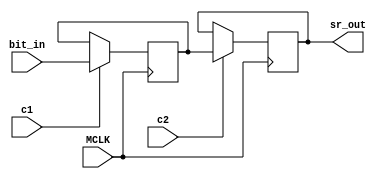
// ym3438, ym7101, fc1004 common cells

module ym_sr_bit #(parameter SR_LENGTH = 1)
	(
	input MCLK,
	input c1,
	input c2,
	input bit_in,
	output sr_out
	);
	
	reg [SR_LENGTH-1:0] v1 = 0;
	reg [SR_LENGTH-1:0] v2 = 0;
	
	wire [SR_LENGTH-1:0] v2_assign = c2 ? v1 : v2;
	
	//assign sr_out = v2_assign[SR_LENGTH-1];
	assign sr_out = v2[SR_LENGTH-1];
	
	always @(posedge MCLK)
	begin
		if (c1)
		begin
			if (SR_LENGTH == 1)
				v1 <= bit_in;
			else
				v1 <= { v2[SR_LENGTH-2:0], bit_in };
		end
		v2 <= v2_assign;
	end
endmodule

/*module ym_sr_bit #(parameter SR_LENGTH = 1)
	(
	input MCLK,
	input c1,
	input c2,
	input bit_in,
	output sr_out
	);
	
	reg [SR_LENGTH-1:0] v1 = 0;
	reg [SR_LENGTH-1:0] v2 = 0;
	
	assign sr_out = v2[SR_LENGTH-1];
	
	always @(*)
	begin
		if (c1)
		begin
			if (SR_LENGTH == 1)
				v1 <= bit_in;
			else
				v1 <= { v2[SR_LENGTH-2:0], bit_in };
		end
		if (c2)
		begin
			v2 <= v1;
		end
	end
endmodule*/

/*module ym_sr_bit2 #(parameter SR_LENGTH = 1)
	(
	input MCLK,
	input c1,
	input c2,
	input bit_in,
	output sr_out
	);
	
	reg [SR_LENGTH-1:0] v2 = 0;
	
	assign sr_out = v2[SR_LENGTH-1];
	
	always @(posedge c2)
	begin
		if (SR_LENGTH == 1)
			v2 <= bit_in;
		else
			v2 <= { v2[SR_LENGTH-2:0], bit_in };
	end
endmodule*/

module ym_sr_bit_array #(parameter SR_LENGTH = 1, DATA_WIDTH = 1)
	(
	input MCLK,
	input c1,
	input c2,
	input [DATA_WIDTH-1:0] data_in,
	output [DATA_WIDTH-1:0] data_out
	);
	
	wire out[0:DATA_WIDTH-1];
	
	generate
		genvar i;
		for (i = 0; i < DATA_WIDTH; i = i + 1)
		begin : l1
			ym_sr_bit #(.SR_LENGTH(SR_LENGTH)) sr (
			.MCLK(MCLK),
			.c1(c1),
			.c2(c2),
			.bit_in(data_in[i]),
			.sr_out(out[i])
			);
			
			assign data_out[i] = out[i];
		end
	endgenerate

endmodule

module ym_cnt_bit #(parameter DATA_WIDTH = 1)
	(
	input MCLK,
	input c1,
	input c2,
	input c_in,
	input reset,
	output [DATA_WIDTH-1:0] val,
	output c_out
	);
	
	wire [DATA_WIDTH-1:0] data_in;
	wire [DATA_WIDTH-1:0] data_out;
	wire [DATA_WIDTH:0] sum;
	
	ym_sr_bit_array #(.DATA_WIDTH(DATA_WIDTH)) mem
		(
		.MCLK(MCLK),
		.c1(c1),
		.c2(c2),
		.data_in(data_in),
		.data_out(data_out)
		);
	
	assign sum = { 1'h0, data_out } + {{DATA_WIDTH{1'h0}}, c_in};
	assign val = data_out;
	assign data_in = reset ? {DATA_WIDTH{1'h0}} : sum[DATA_WIDTH-1:0];
	assign c_out = sum[DATA_WIDTH];
	
endmodule

/*module ym_cnt_bit2
	(
	input MCLK,
	input c1,
	input c2,
	input c_in,
	input reset,
	output val,
	output c_out
	);
	
	wire data_in;
	wire data_out;
	wire [1:0] sum;
	
	ym_sr_bit2 mem
		(
		.MCLK(MCLK),
		.c1(c1),
		.c2(c2),
		.bit_in(data_in),
		.sr_out(data_out)
		);
	
	assign sum = { 1'h0, data_out } + {1'h0, c_in};
	assign val = data_out;
	assign data_in = reset ? 1'h0 : sum[0];
	assign c_out = sum[1];
	
endmodule*/

module ym_dlatch_1 #(parameter DATA_WIDTH = 1)
	(
	input MCLK,
	input c1,
	input [DATA_WIDTH-1:0] inp,
	output [DATA_WIDTH-1:0] val,
	output [DATA_WIDTH-1:0] nval
	);
	
	reg [DATA_WIDTH-1:0] mem = {DATA_WIDTH{1'h0}};
	
	wire [DATA_WIDTH-1:0] mem_assign = c1 ? inp : mem;
	
	always @(posedge MCLK)
	begin
		mem <= mem_assign;
	end
	
	//assign val = mem_assign;
	//assign nval = ~mem_assign;
	assign val = mem;
	assign nval = ~mem;
	
endmodule

/*module ym_dlatch_1 #(parameter DATA_WIDTH = 1)
	(
	input MCLK,
	input c1,
	input [DATA_WIDTH-1:0] inp,
	output [DATA_WIDTH-1:0] val,
	output [DATA_WIDTH-1:0] nval
	);
	
	reg [DATA_WIDTH-1:0] mem = {DATA_WIDTH{1'h0}};
	
	always @(*)
	begin
		if (c1)
			mem <= inp;
	end

	assign val = mem;
	assign nval = ~mem;
	
endmodule*/

module ym_dlatch_2 #(parameter DATA_WIDTH = 1)
	(
	input MCLK,
	input c2,
	input [DATA_WIDTH-1:0] inp,
	output [DATA_WIDTH-1:0] val,
	output [DATA_WIDTH-1:0] nval
	);
	
	reg [DATA_WIDTH-1:0] mem = {DATA_WIDTH{1'h0}};
	
	wire [DATA_WIDTH-1:0] mem_assign = c2 ? inp : mem;
	
	always @(posedge MCLK)
	begin
		mem <= mem_assign;
	end
	
	//assign val = mem_assign;
	//assign nval = ~mem_assign;
	assign val = mem;
	assign nval = ~mem;
	
endmodule

/*module ym_dlatch_2 #(parameter DATA_WIDTH = 1)
	(
	input MCLK,
	input c2,
	input [DATA_WIDTH-1:0] inp,
	output [DATA_WIDTH-1:0] val,
	output [DATA_WIDTH-1:0] nval
	);
	
	reg [DATA_WIDTH-1:0] mem = {DATA_WIDTH{1'h0}};
	
	always @(*)
	begin
		if (c2)
			mem <= inp;
	end
	
	assign val = mem;
	assign nval = ~mem;
	
endmodule*/

module ym_edge_detect
	(
	input MCLK,
	input c1,
	input inp,
	output outp
	);
	
	wire prev_out;
	
	ym_dlatch_1 prev
		(
		.MCLK(MCLK),
		.c1(c1),
		.inp(inp),
		.val(prev_out),
		.nval()
		);
	assign outp = ~(prev_out | ~inp);
endmodule

/*module ym_edge_detect
	(
	input MCLK,
	input c1,
	input inp,
	output outp
	);
	
	reg prev_out;
	
	always @(posedge c1)
	begin
		prev_out <= inp;
	end
	
	assign outp = ~(prev_out | ~inp);
endmodule*/

module ym_slatch #(parameter DATA_WIDTH = 1)
	(
	input MCLK,
	input en,
	input [DATA_WIDTH-1:0] inp,
	output [DATA_WIDTH-1:0] val,
	output [DATA_WIDTH-1:0] nval
	);
	
	reg [DATA_WIDTH-1:0] mem = {DATA_WIDTH{1'h0}};
	
	wire [DATA_WIDTH-1:0] mem_assign = en ? inp : mem;
	
	always @(posedge MCLK)
	begin
		mem <= mem_assign;
	end
	
	//assign val = mem_assign;
	//assign nval = ~mem_assign;
	assign val = mem;
	assign nval = ~mem;
	
endmodule

/*module ym_slatch #(parameter DATA_WIDTH = 1)
	(
	input MCLK,
	input en,
	input [DATA_WIDTH-1:0] inp,
	output [DATA_WIDTH-1:0] val,
	output [DATA_WIDTH-1:0] nval
	);
	
	reg [DATA_WIDTH-1:0] mem = {DATA_WIDTH{1'h0}};
	
	always @(*)
	begin
		if (en)
			mem <= inp;
	end
	
	assign val = mem;
	assign nval = ~mem;
	
endmodule*/

/*module ym_slatch2 #(parameter DATA_WIDTH = 1)
	(
	input MCLK,
	input en,
	input [DATA_WIDTH-1:0] inp,
	output [DATA_WIDTH-1:0] val,
	output [DATA_WIDTH-1:0] nval
	);
	
	reg [DATA_WIDTH-1:0] mem = {DATA_WIDTH{1'h0}};
	
	wire [DATA_WIDTH-1:0] mem_assign = en ? inp : mem;
	
	always @(posedge MCLK)
	begin
		mem <= mem_assign;
	end
	
	//assign val = mem_assign;
	//assign nval = ~mem_assign;
	assign val = mem;
	assign nval = ~mem;
	
endmodule*/

module ym_slatch_t #(parameter DATA_WIDTH = 1)
	(
	input MCLK,
	input en,
	input [DATA_WIDTH-1:0] inp,
	output [DATA_WIDTH-1:0] val,
	output [DATA_WIDTH-1:0] nval
	);
	
	reg [DATA_WIDTH-1:0] mem = {DATA_WIDTH{1'h0}};
	
	wire [DATA_WIDTH-1:0] mem_assign = en ? inp : mem;
	
	always @(posedge MCLK)
	begin
		mem <= mem_assign;
	end
	
	assign val = mem_assign;
	assign nval = ~mem_assign;
	
endmodule

/*module ym_slatch_t #(parameter DATA_WIDTH = 1)
	(
	input MCLK,
	input en,
	input [DATA_WIDTH-1:0] inp,
	output [DATA_WIDTH-1:0] val,
	output [DATA_WIDTH-1:0] nval
	);
	
	reg [DATA_WIDTH-1:0] mem = {DATA_WIDTH{1'h0}};
	
	always @(*)
	begin
		if (en)
			mem <= inp;
	end
	
	assign val = mem;
	assign nval = ~mem;
	
endmodule*/

module ym_rs_trig
	(
	input MCLK,
	input set,
	input rst,
	output reg q = 1'h0,
	output reg nq = 1'h1
	);
	
	always @(posedge MCLK)
	begin
		q <= rst ? 1'h0 : (set ? 1'h1 : q);
		nq <= set ? 1'h0 : (rst ? 1'h1 : ~q); 
	end
	
endmodule

/*module ym_rs_trig
	(
	input MCLK,
	input set,
	input rst,
	output q,
	output nq
	);
	
	assign q = ~(rst | nq);
	assign nq = ~(set | q);
	
endmodule*/

module ym_rs_trig_sync
	(
	input MCLK,
	input set,
	input rst,
	input c1,
	output reg q = 1'h0,
	output reg nq = 1'h1
	);
	
	always @(posedge MCLK)
	begin
		q <= (c1 & rst) ? 1'h0 : ((c1 & set) ? 1'h1 : q);
		nq <= (c1 & set) ? 1'h0 : ((c1 & rst) ? 1'h1 : ~q); 
	end
	
endmodule

/*module ym_rs_trig_sync
	(
	input MCLK,
	input set,
	input rst,
	input c1,
	output q,
	output nq
	);
	
	assign q = ~((c1 & rst) | nq);
	assign nq = ~((c1 & set) | q);
	
endmodule*/

module ym_cnt_bit_load #(parameter DATA_WIDTH = 1)
	(
	input MCLK,
	input c1,
	input c2,
	input c_in,
	input reset,
	input load,
	input [DATA_WIDTH-1:0] load_val,
	output [DATA_WIDTH-1:0] val,
	output c_out
	);
	
	wire [DATA_WIDTH-1:0] data_in;
	wire [DATA_WIDTH-1:0] data_out;
	wire [DATA_WIDTH:0] sum;
	
	ym_sr_bit_array #(.DATA_WIDTH(DATA_WIDTH)) mem
		(
		.MCLK(MCLK),
		.c1(c1),
		.c2(c2),
		.data_in(data_in),
		.data_out(data_out)
		);
	
	wire [DATA_WIDTH-1:0] base_val = load ? load_val : data_out;
	
	assign sum = {1'h0, base_val} + {{DATA_WIDTH{1'h0}},c_in};
	assign data_in = reset ? {DATA_WIDTH{1'h0}} : sum[DATA_WIDTH-1:0];
	assign val = data_out;
	assign c_out = sum[DATA_WIDTH];
	
endmodule

module ym_dbg_read #(parameter DATA_WIDTH = 1)
	(
	input MCLK,
	input c1,
	input c2,
	input prev,
	input load,
	input [DATA_WIDTH-1:0] load_val,
	output next
	);
	
	wire [DATA_WIDTH-1:0] data_in;
	wire [DATA_WIDTH-1:0] data_out;
	
	ym_sr_bit_array #(.DATA_WIDTH(DATA_WIDTH)) mem
		(
		.MCLK(MCLK),
		.c1(c1),
		.c2(c2),
		.data_in(data_in),
		.data_out(data_out)
		);
		
	wire [DATA_WIDTH-1:0] chain;
	
	assign data_in = chain | (load ? load_val : {DATA_WIDTH{1'h0}});
	
	generate
		if (DATA_WIDTH == 1)
			assign chain = prev;
		else
			assign chain = { prev, data_out[DATA_WIDTH-1:1] };
	endgenerate
	
	assign next = data_out[0];
	
endmodule

module ym_dbg_read_eg #(parameter DATA_WIDTH = 1)
	(
	input MCLK,
	input c1,
	input c2,
	input prev,
	input load,
	input [DATA_WIDTH-1:0] load_val,
	output next
	);
	
	wire [DATA_WIDTH-1:0] data_in;
	wire [DATA_WIDTH-1:0] data_out;
	
	ym_sr_bit_array #(.DATA_WIDTH(DATA_WIDTH)) mem
		(
		.MCLK(MCLK),
		.c1(c1),
		.c2(c2),
		.data_in(data_in),
		.data_out(data_out)
		);
		
	wire [DATA_WIDTH-1:0] chain;
	
	assign data_in = chain | (load ? load_val : {DATA_WIDTH{1'h0}});
	
	generate
		if (DATA_WIDTH == 1)
			assign chain = prev;
		else
			assign chain = { data_out[DATA_WIDTH-2:0], prev };
	endgenerate
	
	assign next = data_out[DATA_WIDTH-1];
	
endmodule

module ym_slatch_r #(parameter DATA_WIDTH = 1)
	(
	input MCLK,
	input en,
	input rst,
	input [DATA_WIDTH-1:0] inp,
	output [DATA_WIDTH-1:0] val,
	output [DATA_WIDTH-1:0] nval
	);
	
	reg [DATA_WIDTH-1:0] mem = {DATA_WIDTH{1'h0}};
	
	wire [DATA_WIDTH-1:0] mem_assign = rst ? {DATA_WIDTH{1'h0}} : (en ? inp : mem);
	
	always @(posedge MCLK)
	begin
		mem <= mem_assign;
	end
	
	//assign val = mem_assign;
	//assign nval = ~mem_assign;
	assign val = mem;
	assign nval = ~mem;
	
endmodule

/*module ym_slatch_r #(parameter DATA_WIDTH = 1)
	(
	input MCLK,
	input en,
	input rst,
	input [DATA_WIDTH-1:0] inp,
	output [DATA_WIDTH-1:0] val,
	output [DATA_WIDTH-1:0] nval
	);
	
	reg [DATA_WIDTH-1:0] mem = {DATA_WIDTH{1'h0}};
	
	always @(*)
	begin
		if (rst)
			mem <= {DATA_WIDTH{1'h0}};
		else if (en)
			mem <= inp;
	end

	assign val = mem;
	assign nval = ~mem;
	
endmodule*/

module ym_cnt_bit_rs #(parameter DATA_WIDTH = 1)
	(
	input MCLK,
	input c1,
	input c2,
	input c_in,
	input reset,
	input set,
	output [DATA_WIDTH-1:0] val,
	output [DATA_WIDTH-1:0] nval,
	output c_out
	);
	
	wire [DATA_WIDTH-1:0] data_in;
	wire [DATA_WIDTH-1:0] data_out;
	wire [DATA_WIDTH-1:0] data_out_s = set ? {DATA_WIDTH{1'h1}} : data_out;
	wire [DATA_WIDTH:0] sum;
	
	ym_sr_bit_array #(.DATA_WIDTH(DATA_WIDTH)) mem
		(
		.MCLK(MCLK),
		.c1(c1),
		.c2(c2),
		.data_in(data_in),
		.data_out(data_out)
		);
	
	assign sum = {1'h0,data_out_s} + {{DATA_WIDTH{1'h0}}, c_in};
	assign val = data_out_s;
	assign nval = ~data_out_s;
	assign data_in = reset ? {DATA_WIDTH{1'h0}} : sum[DATA_WIDTH-1:0];
	assign c_out = sum[DATA_WIDTH];
	
endmodule

module ym_cnt_bit_rev #(parameter DATA_WIDTH = 1)
	(
	input MCLK,
	input c1,
	input c2,
	input c_in,
	input dec,
	input reset,
	output [DATA_WIDTH-1:0] val,
	output c_out
	);
	
	wire [DATA_WIDTH-1:0] data_in;
	wire [DATA_WIDTH-1:0] data_out;
	wire [DATA_WIDTH:0] sum;
	
	ym_sr_bit_array #(.DATA_WIDTH(DATA_WIDTH)) mem
		(
		.MCLK(MCLK),
		.c1(c1),
		.c2(c2),
		.data_in(data_in),
		.data_out(data_out)
		);
	
	assign sum = { 1'h0, data_out } + {1'h0, {DATA_WIDTH{dec}}} + {{DATA_WIDTH{1'h0}}, c_in};
	assign val = data_out;
	assign data_in = reset ? {DATA_WIDTH{1'h0}} : sum[DATA_WIDTH-1:0];
	assign c_out = sum[DATA_WIDTH];
	
endmodule

module ym_sr_bit_en #(parameter SR_LENGTH = 2)
	(
	input MCLK,
	input c1,
	input c2,
	input en1,
	input en2,
	input data_in,
	output [SR_LENGTH-1:0] data_out
	);
	
	wire [SR_LENGTH-1:0] sr_out;
	wire [SR_LENGTH-1:0] sr_in =
		(en1 ? { sr_out[SR_LENGTH-2:0], data_in } : {SR_LENGTH{1'h0}}) |
		(en2 ? sr_out : {SR_LENGTH{1'h0}});
	
	assign data_out = sr_out;
	
	ym_sr_bit_array #(.DATA_WIDTH(SR_LENGTH)) mem
		(
		.MCLK(MCLK),
		.c1(c1),
		.c2(c2),
		.data_in(sr_in),
		.data_out(sr_out)
		);

endmodule


module ym_scnt_bit #(parameter DATA_WIDTH = 1)
	(
	input MCLK,
	input clk,
	input load,
	input [DATA_WIDTH-1:0] val,
	input cin,
	input rst,
	output [DATA_WIDTH-1:0] q,
	output [DATA_WIDTH-1:0] nq,
	output cout
	);
	
	reg [DATA_WIDTH-1:0] l1 = {DATA_WIDTH{1'h0}}, l2 = {DATA_WIDTH{1'h0}};
	
	wire [DATA_WIDTH:0] sum = { 1'h0, l2 } + {{DATA_WIDTH{1'h0}}, cin};
	
	assign cout = sum[DATA_WIDTH];
	
	assign q = l2;
	assign nq = ~l2;
	
	always @(posedge MCLK)
	begin
		if (~rst)
		begin
			l1 <= {DATA_WIDTH{1'h0}};
			l2 <= {DATA_WIDTH{1'h0}};
		end
		else
		begin
			if (~clk)
				l1 <= ~load ? val : sum[DATA_WIDTH-1:0];
			else
				l2 <= l1;
		end
	end
	
endmodule


module ym_sdff #(parameter DATA_WIDTH = 1)
	(
	input MCLK,
	input clk,
	input [DATA_WIDTH-1:0] val,
	output [DATA_WIDTH-1:0] q,
	output [DATA_WIDTH-1:0] nq
	);
	
	reg [DATA_WIDTH-1:0] l1 = {DATA_WIDTH{1'h0}}, l2 = {DATA_WIDTH{1'h0}};
	
	assign q = l2;
	assign nq = ~l2;
	
	always @(posedge MCLK)
	begin
		if (~clk)
			l1 <= val;
		else
			l2 <= l1;
	end
	
endmodule


module ym_sdffs #(parameter DATA_WIDTH = 1)
	(
	input MCLK,
	input clk,
	input [DATA_WIDTH-1:0] val,
	input set,
	output [DATA_WIDTH-1:0] q,
	output [DATA_WIDTH-1:0] nq
	);
	
	reg [DATA_WIDTH-1:0] l1, l2;
	
	assign q = l2;
	assign nq = ~l2;
	
	always @(posedge MCLK)
	begin
		if (~clk)
			l1 <= val;
		else if (~set)
			l1 <= {DATA_WIDTH{1'h1}};
		if (~set)
			l2 <= {DATA_WIDTH{1'h1}};
		else if (clk)
			l2 <= l1;
	end
	
endmodule


module ym_sdffr #(parameter DATA_WIDTH = 1)
	(
	input MCLK,
	input clk,
	input [DATA_WIDTH-1:0] val,
	input reset,
	output [DATA_WIDTH-1:0] q,
	output [DATA_WIDTH-1:0] nq
	);
	
	reg [DATA_WIDTH-1:0] l1 = {DATA_WIDTH{1'h0}}, l2 = {DATA_WIDTH{1'h0}};
	
	assign q = l2;
	assign nq = ~l2;
	
	always @(posedge MCLK)
	begin
		if (~reset)
			l1 <= {DATA_WIDTH{1'h0}};
		else if (~clk)
			l1 <= val;
		if (~reset)
			l2 <= {DATA_WIDTH{1'h0}};
		else if (clk)
			l2 <= l1;
	end
	
endmodule


module ym_sdffsr #(parameter DATA_WIDTH = 1)
	(
	input MCLK,
	input clk,
	input [DATA_WIDTH-1:0] val,
	input set,
	input reset,
	output [DATA_WIDTH-1:0] q,
	output [DATA_WIDTH-1:0] nq
	);
	
	reg [DATA_WIDTH-1:0] l1 = {DATA_WIDTH{1'h0}}, l2 = {DATA_WIDTH{1'h0}};
	
	assign q = (~set & ~reset) ? {DATA_WIDTH{1'h0}} : l2;
	assign nq = (~set & ~reset) ? {DATA_WIDTH{1'h0}} : ~l2;
	
	always @(posedge MCLK)
	begin
		if (~reset)
			l1 <= {DATA_WIDTH{1'h0}};
		else if (~set)
			l1 <= {DATA_WIDTH{1'h1}};
		else if (~clk)
			l1 <= val;
		if (~set)
			l2 <= {DATA_WIDTH{1'h1}};
		else if (~reset)
			l2 <= {DATA_WIDTH{1'h0}};
		else if (clk)
			l2 <= l1;
	end
	
endmodule


module ym_delaychain #(parameter DELAY_CNT = 1)
	(
	input MCLK,
	input inp,
	output outp
	);
	
	reg [DELAY_CNT-1:0] dl = {DELAY_CNT{1'h0}};
	
	always @(posedge MCLK)
	begin
		if (DELAY_CNT == 1)
			dl <= inp;
		else
			dl <= { dl[DELAY_CNT-2:0], inp };
	end
	
	assign outp = dl[DELAY_CNT-1];
	
endmodule